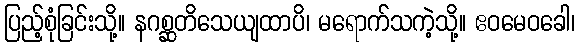
ပြည့်စုံခြင်းသို့။ နဂစ္ဆတိသေယျထာပိ၊ မရောက်သကဲ့သို့။ ဧဝမေဝခေါ၊